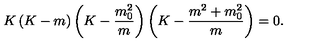
K \left( K - m \right) \left( K - \frac { m _ { 0 } ^ { 2 } } { m } \right) \left( K - \frac { m ^ { 2 } + m _ { 0 } ^ { 2 } } { m } \right) = 0 .